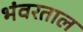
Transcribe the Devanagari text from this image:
भंवरताल